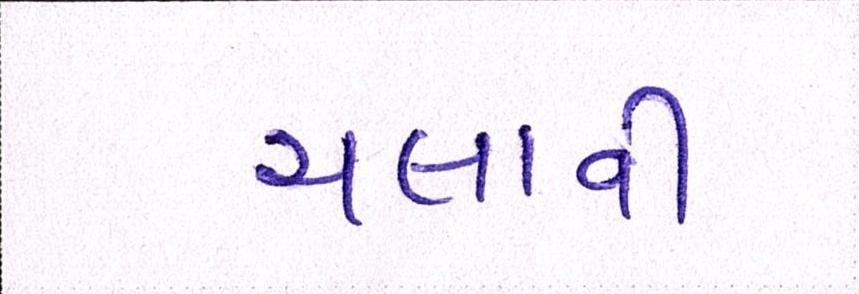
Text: ચલાવી